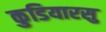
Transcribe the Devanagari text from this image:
कुडियारसु